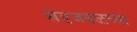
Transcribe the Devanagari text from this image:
खेडजवळच्या